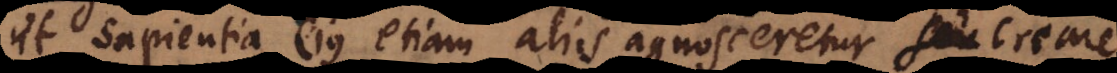
ut sapientia ejus etiam aliis agnosceretur, seu creare